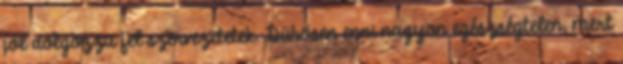
jól dolgozza fel szervezetetek. Dühösen enni nagyon egészségtelen, mert